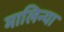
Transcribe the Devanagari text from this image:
मालिन्या